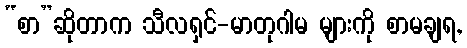
“စာ”ဆိုတာက သီလရှင်-မာတုဂါမ များကို စာမချရ,